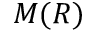
M ( R )